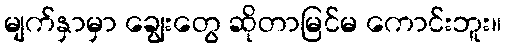
မျက်နှာမှာ ချွေးတွေ ဆိုတာမြင်မ ကောင်းဘူး။